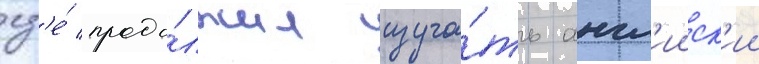
гд'е́ продо́лжил изуча́ть англ'ииск'ии